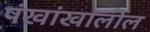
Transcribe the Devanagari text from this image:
पंखांखालील